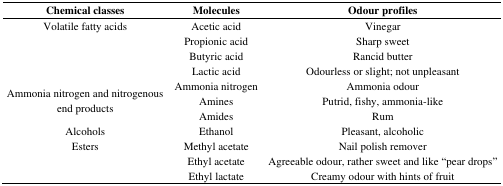
<table><thead><tr><td><b>Chemical classes</b></td><td><b>Molecules</b></td><td><b>Odour profiles</b></td></tr></thead><tbody><tr><td>Volatile fatty acids</td><td>Acetic acid</td><td>Vinegar</td></tr><tr><td></td><td>Propionic acid</td><td>Sharp sweet</td></tr><tr><td></td><td>Butyric acid</td><td>Rancid butter</td></tr><tr><td></td><td>Lactic acid</td><td>Odourless or slight; not unpleasant</td></tr><tr><td rowspan="3">Ammonia nitrogen and nitrogenous end products</td><td>Ammonia nitrogen</td><td>Ammonia odour</td></tr><tr><td>Amines</td><td>Putrid, fishy, ammonia-like</td></tr><tr><td>Amides</td><td>Rum</td></tr><tr><td>Alcohols</td><td>Ethanol</td><td>Pleasant, alcoholic</td></tr><tr><td>Esters</td><td rowspan="3">Methyl acetate</td><td>Nail polish remover</td></tr><tr><td>Ethyl acetate</td><td>Agreeable odour, rather sweet and like “pear drops”</td></tr><tr><td>Ethyl lactate</td><td>Creamy odour with hints of fruit</td></tr></tbody></table>